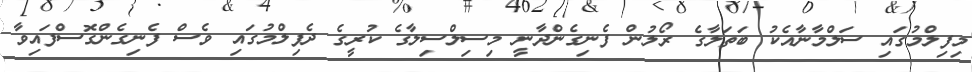
މިފިލްމުގައި ސަލްމާނާއެކު ބަތަލާގެ ރޯލުން ފެނިގެންދާނީ މިސިލްސިލާގެ ކުރީގެ ދެފިލްމުގައި ވެސް ފެނިގެންގޮސްފައިވާ